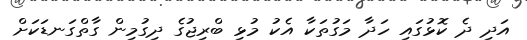
އަދި ދެ ކޮޅުގައި ހަދާ މަގުތަކާ އެކު މުޅި ބްރިޖުގެ ދިގުމިން ގާތްގަނޑަކަށް